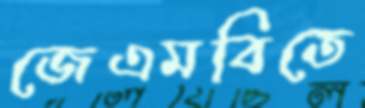
জেএমবিতে